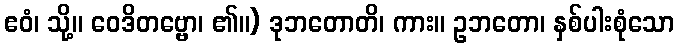
ဧဝံ၊ သို့။ ဝေဒိတဗ္ဗော၊ ၏။) ဒုဘတောတိ၊ ကား။ ဥဘတော၊ နှစ်ပါးစုံသော